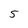
Character: 5